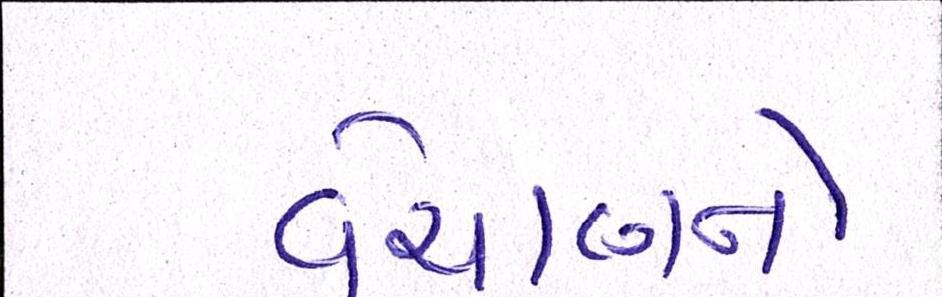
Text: વેચાણને